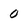
Character: O